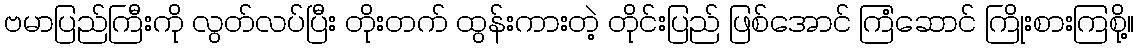
ဗမာပြည်ကြီးကို လွတ်လပ်ပြီး တိုးတက် ထွန်းကားတဲ့ တိုင်းပြည် ဖြစ်အောင် ကြံဆောင် ကြိုးစားကြစို့။